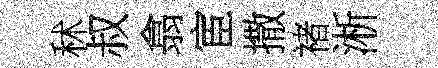
秫叔翕宦撒禇淅